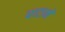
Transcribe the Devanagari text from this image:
घाटानें